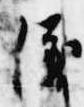
儀